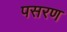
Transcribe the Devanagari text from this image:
पसरण